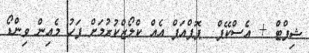
ޝިފްޓް + އެސްކޭޕް  ޕޮޕްއަޕް އެއް ކްލޯޒްކުރުމަށް ފަހު މެއިން ވިންޑޯ